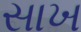
સાખ